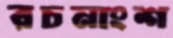
রচনাংশ